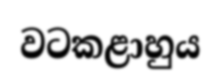
වටකළාහුය